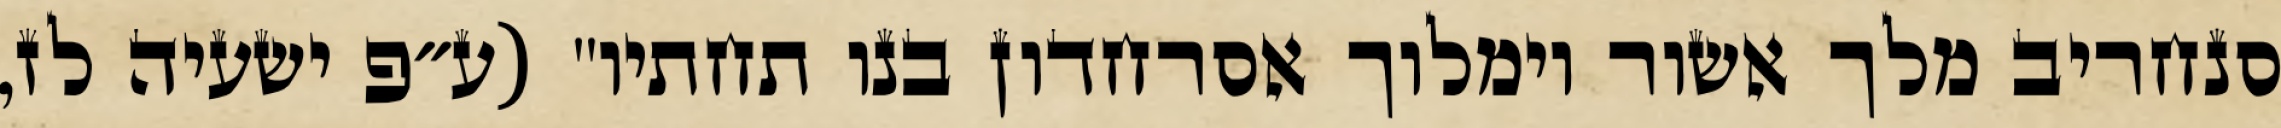
סנחריב מלך אשור וימלוך אסרחדון בנו תחתיו" (ע״פ ישעיה לז,